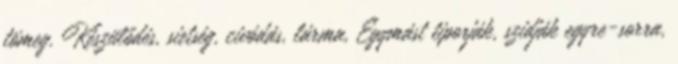
tömeg. Készülődés, sietség, civódás, lárma, Egymást tiporják, szidják egyre-sorra,